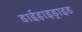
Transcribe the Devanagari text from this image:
डाईहाइड्राइड